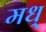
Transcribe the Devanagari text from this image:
मध्